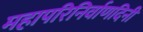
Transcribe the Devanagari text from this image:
महापरिनिर्वाणदिनी